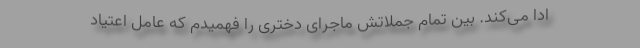
ادا می‌کند. بین تمام جملاتش ماجرای دختری را فهمیدم که عامل اعتیاد